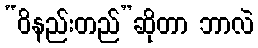
“ဝိနည်းတည်”ဆိုတာ ဘာလဲ